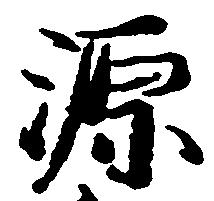
源